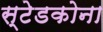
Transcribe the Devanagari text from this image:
स्टेडकोना